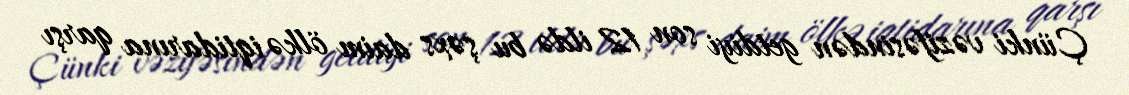
Çünki vəzifəsindən getdiyi son 12 ildə bu şəxs daim ölkə iqtidarına qarşı